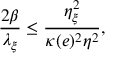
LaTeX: \frac { 2 \beta } { \lambda _ { \xi } } \leq \frac { \eta _ { \xi } ^ { 2 } } { \kappa ( e ) ^ { 2 } \eta ^ { 2 } } ,